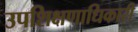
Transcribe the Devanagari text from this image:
उपशिक्षणाधिकारी